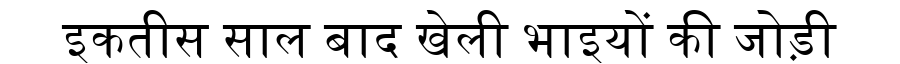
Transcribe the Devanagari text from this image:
इकतीस साल बाद खेली भाइयों की जोड़ी